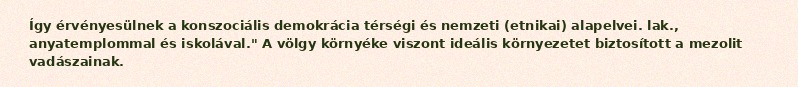
Így érvényesülnek a konszociális demokrácia térségi és nemzeti (etnikai) alapelvei. lak., anyatemplommal és iskolával." A völgy környéke viszont ideális környezetet biztosított a mezolit vadászainak.